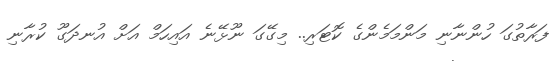
ފަރާތުގަ ހުންނާނި މަންމަމެންގެ ކޮޓަރި.. މިގޭގަ ނޫޅޭނެެ އައިހަމް އަށް އުނދަގޫ ކުރާނި